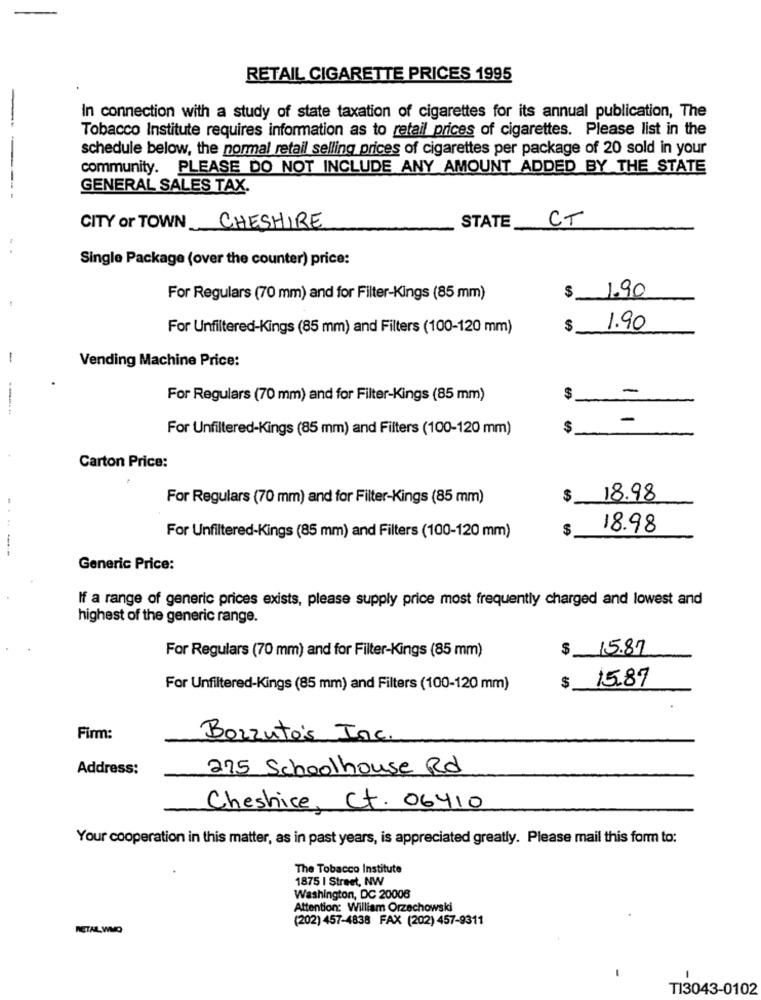
RETAIL CIGARETTE PRICES 1995
In connection with a study of state taxation of cigarettes for its annual publication, The
Tobacco Institute requires information as to retail prices of cigarettes. Please list in the
schedule below, the normal retail selling prices of cigarettes per package of 20 sold in your
community. PLEASE DO NOT INCLUDE ANY AMOUNT ADDED BY THE STATE
GENERAL SALES TAX.
CT
CITY or TOWN CHESHIRE
STATE
Single Package (over the counter) price:
1.90
For Regulars (70 mm) and for Filter-Kings (85 mm)
$
For Unfiltered-Kings (85 mm) and Filters (100-120 mm)
$
1.90
-
Vending Machine Price:
For Regulars (70 mm) and for Filter-Kings (85 mm)
$
-
For Unfiltered-Kings (85 mm) and Filters (100-120 mm)
$
Carton Price:
For Regulars (70 mm) and for Filter-Kings (85 mm)
$
18.98
$
18.98
For Unfiltered-Kings (85 mm) and Filters (100-120 mm)
-----
Generic Price:
If a range of generic prices exists, please supply price most frequently charged and lowest and
highest of the generic range.
For Regulars (70 mm) and for Filter-Kings (85 mm)
$ 15.87
15.87
For Unfiltered-Kings (85 mm) and Filters (100-120 mm)
$
Firm:
Borzuto's Inc.
Address:
275 Schoolhouse Rd
Cheshice, Ct. 06410
Your cooperation in this matter, as in past years, is appreciated greatly. Please mail this form to:
The Tobacco Institute
1875 | Street, NW
Washington, DC 20006
Attention: William Orzechowski
(202) 457-4838 FAX (202) 457-9311
RETAL WMO
-
-
TI3043-0102